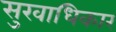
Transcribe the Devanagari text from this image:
सुखाधिकार